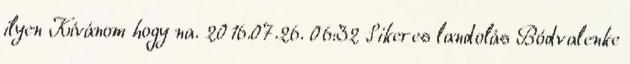
ilyen Kívánom hogy na. 2016.07.26. 06:32 Sikeres landolás Bódvalenke